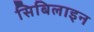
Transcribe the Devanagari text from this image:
सिबिलाइन